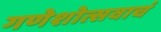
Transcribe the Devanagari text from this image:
गणेशोत्सवाचं